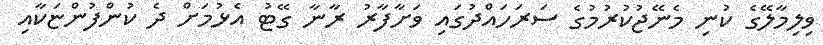
ވިލިމާލޭގެ ކުނި މެނޭޖުކުރުމުގެ ސަރަހައްދުގައި ވަށާފާރު ރާނާ ގޭޓު އެޅުމަށް ދެ ކުންފުންޏަކާއި